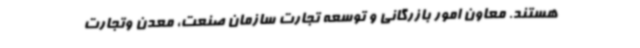
هستند. معاون امور بازرگانی و توسعه تجارت سازمان صنعت، معدن وتجارت